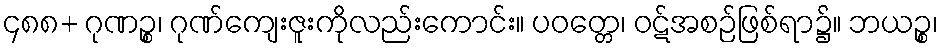
၄၈၈+ ဂုဏဉ္စ၊ ဂုဏ်ကျေးဇူးကိုလည်းကောင်း။ ပဝတ္တေ၊ ဝဋ်အစဉ်ဖြစ်ရာ၌။ ဘယဉ္စ၊